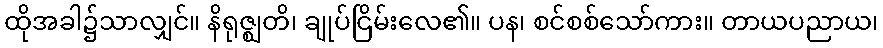
ထိုအခါ၌သာလျှင်။ နိရုဇ္ဈတိ၊ ချုပ်ငြိမ်းလေ၏။ ပန၊ စင်စစ်သော်ကား။ တာယပညာယ၊